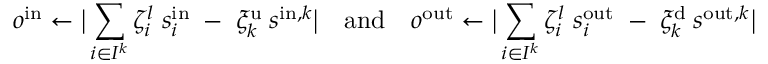
o ^ { \mathrm { i n } } \gets \big \lvert \sum _ { i \in I ^ { k } } \zeta _ { i } ^ { l } \; s _ { i } ^ { \mathrm { i n } } \; - \; \xi _ { k } ^ { \mathrm { u } } \: s ^ { \mathrm { i n } , k } \big \rvert \quad \mathrm { a n d } \quad o ^ { \mathrm { o u t } } \gets \big \lvert \sum _ { i \in I ^ { k } } \zeta _ { i } ^ { l } \; s _ { i } ^ { \mathrm { o u t } } \; - \; \xi _ { k } ^ { \mathrm { d } } \: s ^ { \mathrm { o u t } , k } \big \rvert